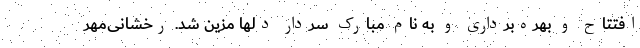
افتتاح و بهره‌برداری و به نام مبارک سردار دلها مزیّن شد. رخشانی‌مهر